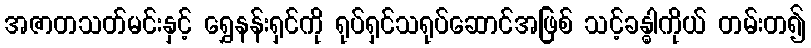
အဇာတသတ်မင်းနှင့် ရွှေနန်းရှင်ကို ရုပ်ရှင်သရုပ်ဆောင်အဖြစ် သင့်ခန္ဓါကိုယ် တမ်းတ၍